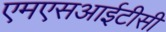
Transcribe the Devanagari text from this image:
एमएसआईटीसी